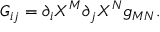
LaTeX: G _ { i j } = { \partial _ { i } } X ^ { M } { \partial _ { j } } X ^ { N } g _ { M N } .